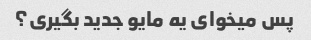
پس میخوای یه مایو جدید بگیری؟